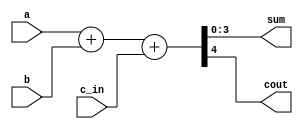
/* This one of the approaches to code a 4-Bit Full Adder

using dataflow modeling

*/

module Full_Adder_4B_Alternate_Approach(a,b,c_in,sum,cout);

input [3:0]a,b;

input c_in;

output [3:0] sum;

output cout;

assign {cout,sum}=a+b+c_in;

endmodule